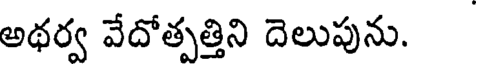
అథర్వ వేదోత్పత్తిని దెలుపును.